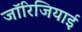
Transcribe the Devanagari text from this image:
जॉरिजियाई